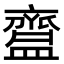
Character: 齍